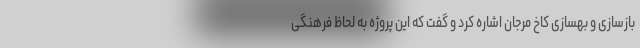
بازسازی و بهسازی کاخ مرجان اشاره کرد و گفت که این پروژه به لحاظ فرهنگی